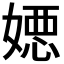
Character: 𡠇